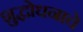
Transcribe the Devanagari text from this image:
शुद्धोधनाचे